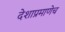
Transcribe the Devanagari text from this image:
देशाप्रमाणेच